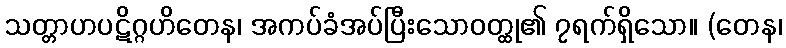
သတ္တာဟပဋိဂ္ဂဟိတေန၊ အကပ်ခံအပ်ပြီးသောဝတ္ထု၏ ၇ရက်ရှိသော။ (တေန၊